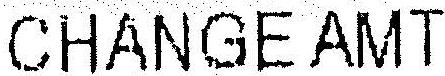
CHANGE AMT